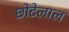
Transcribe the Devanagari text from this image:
छाेटेलाल